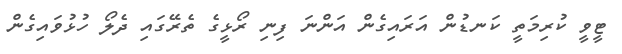
ޓީވީ ކުރިމަތީ ކަނޑުން އަރައިގެން އަންނަ ފިނި ރޯޅީގެ ތެރޭގައި ދެލޯ ހުޅުވައިގެން